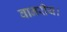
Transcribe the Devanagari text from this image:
वानरीय।